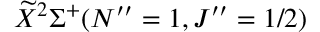
\widetilde { X } ^ { 2 } \Sigma ^ { + } ( N ^ { \prime \prime } = 1 , J ^ { \prime \prime } = 1 / 2 )